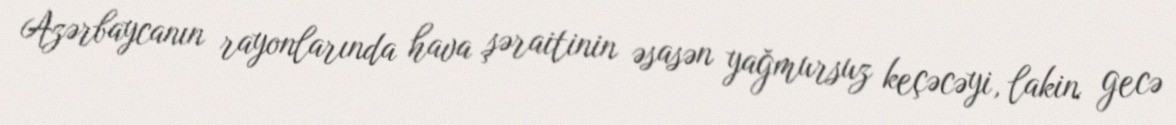
Azərbaycanın rayonlarında hava şəraitinin əsasən yağmursuz keçəcəyi, lakin gecə